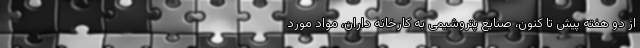
از دو هفته پیش تا کنون، صنایع پتروشیمی به کارخانه داران، مواد مورد